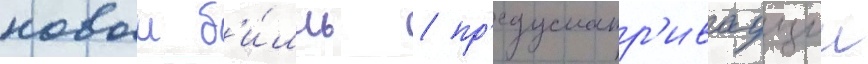
новыи б'и́лль / пр'едусматр'иваущии